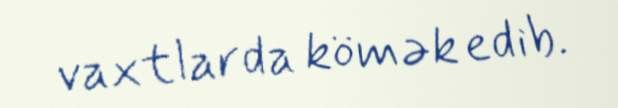
vaxtlarda kömək edib.